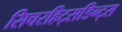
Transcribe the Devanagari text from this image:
सिचरहिट्सडिन्ट्स